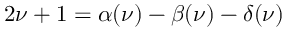
2 \nu + 1 = \alpha ( \nu ) - \beta ( \nu ) - \delta ( \nu )